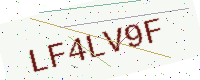
Text: LF4LV9F